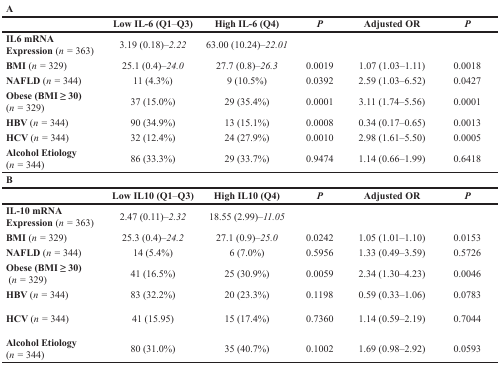
<table><thead><tr><td><b>A</b></td><td></td><td></td><td></td><td></td><td></td></tr></thead><tbody><tr><td></td><td><b>Low IL-6 (Q1–Q3)</b></td><td><b>High IL-6 (Q4)</b></td><td><b><i>P</i></b></td><td><b>Adjusted OR</b></td><td><b><i>P</i></b></td></tr><tr><td><b>IL6 mRNA Expression</b> (<i>n</i> = 363)</td><td>3.19 (0.18)<i>–2.22</i></td><td>63.00 (10.24)<i>–22.01</i></td><td></td><td></td><td></td></tr><tr><td><b>BMI</b> (<i>n</i> = 329)</td><td>25.1 (0.4)<i>–24.0</i></td><td>27.7 (0.8)<i>–26.3</i></td><td>0.0019</td><td>1.07 (1.03–1.11)</td><td>0.0018</td></tr><tr><td><b>NAFLD</b> (<i>n</i> = 344)</td><td>11 (4.3%)</td><td>9 (10.5%)</td><td>0.0392</td><td>2.59 (1.03–6.52)</td><td>0.0427</td></tr><tr><td><b>Obese (BMI ≥ 30)</b>(<i>n</i> = 329)</td><td>37 (15.0%)</td><td>29 (35.4%)</td><td>0.0001</td><td>3.11 (1.74–5.56)</td><td>0.0001</td></tr><tr><td><b>HBV</b> (<i>n</i> = 344)</td><td>90 (34.9%)</td><td>13 (15.1%)</td><td>0.0008</td><td>0.34 (0.17–0.65)</td><td>0.0013</td></tr><tr><td><b>HCV</b> (<i>n</i> = 344)</td><td>32 (12.4%)</td><td>24 (27.9%)</td><td>0.0010</td><td>2.98 (1.61–5.50)</td><td>0.0005</td></tr><tr><td><b>Alcohol Etiology</b>(<i>n</i> = 344)</td><td>86 (33.3%)</td><td>29 (33.7%)</td><td>0.9474</td><td>1.14 (0.66–1.99)</td><td>0.6418</td></tr><tr><td><b>B</b></td><td></td><td></td><td></td><td></td><td></td></tr><tr><td></td><td><b>Low IL10 (Q1</b><b><i>–</i></b><b>Q3)</b></td><td><b>High IL10 (Q4)</b></td><td><b><i>P</i></b></td><td><b>Adjusted OR</b></td><td><b><i>P</i></b></td></tr><tr><td><b>IL-10 mRNA Expression</b> (<i>n</i> = 363)</td><td>2.47 (0.11)<i>–2.32</i></td><td>18.55 (2.99)<i>–11.05</i></td><td></td><td></td><td></td></tr><tr><td><b>BMI</b> (<i>n</i> = 329)</td><td>25.3 (0.4)<i>–24.2</i></td><td>27.1 (0.9)<i>–25.0</i></td><td>0.0242</td><td>1.05 (1.01–1.10)</td><td>0.0153</td></tr><tr><td><b>NAFLD</b> (<i>n</i> = 344)</td><td>14 (5.4%)</td><td>6 (7.0%)</td><td>0.5956</td><td>1.33 (0.49–3.59)</td><td>0.5726</td></tr><tr><td><b>Obese (BMI ≥ 30)</b>(<i>n</i> = 329)</td><td>41 (16.5%)</td><td>25 (30.9%)</td><td>0.0059</td><td>2.34 (1.30–4.23)</td><td>0.0046</td></tr><tr><td><b>HBV</b> (<i>n</i> = 344)</td><td>83 (32.2%)</td><td>20 (23.3%)</td><td>0.1198</td><td>0.59 (0.33–1.06)</td><td>0.0783</td></tr><tr><td><b>HCV</b> (<i>n</i> = 344)</td><td>41 (15.95)</td><td>15 (17.4%)</td><td>0.7360</td><td>1.14 (0.59–2.19)</td><td>0.7044</td></tr><tr><td><b>Alcohol Etiology</b>(<i>n</i> = 344)</td><td>80 (31.0%)</td><td>35 (40.7%)</td><td>0.1002</td><td>1.69 (0.98–2.92)</td><td>0.0593</td></tr></tbody></table>